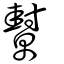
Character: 幫